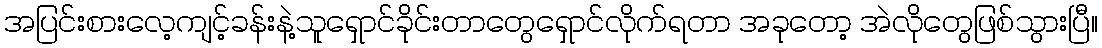
အပြင်းစားလေ့ကျင့်ခန်းနဲ့သူရှောင်ခိုင်းတာတွေရှောင်လိုက်ရတာ အခုတော့ အဲလိုတွေဖြစ်သွားပြီ။